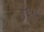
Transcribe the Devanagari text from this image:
९६५८